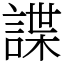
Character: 諜